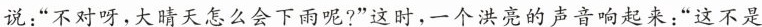
说：”不对呀，大晴天怎么会下雨呢?”这时，一个洪亮的声音响起来：”这不是